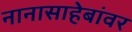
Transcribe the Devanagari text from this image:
नानासाहेबांवर